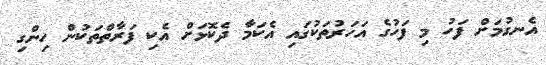
އެނގުމަށް ފަހު މި ފަހުގެ އަހަރުތަކުގައި އެކަމާ ދެކޮޅަށް އެކި ފަރާތްތަކުން ހިންގި